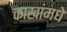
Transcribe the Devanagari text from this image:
काखांमधे